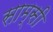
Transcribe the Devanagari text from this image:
साम्सी